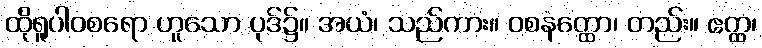
ထိုရူပါဝစရော ဟူသော ပုဒ်၌။ အယံ၊ သည်ကား။ ဝစနတ္ထော၊ တည်း။ ဧတ္ထ၊